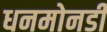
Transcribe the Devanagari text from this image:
धनमोनडी